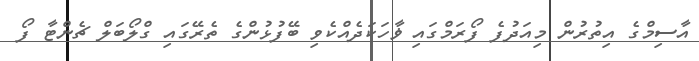
އާސިމްގެ އިތުރުން މިއަދުފެ ފޯރަމްގައި ޥާހަކަދެއްކެވި ބޭފުޅުންގެ ތެރޭގައި ގްލޯބަލް ޗެންޓާ ފޯ